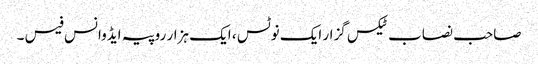
صاحب نصاب ٹیکس گزار ایک نوٹس ، ایک ہزار روپیہ ایڈوانس فیس ۔